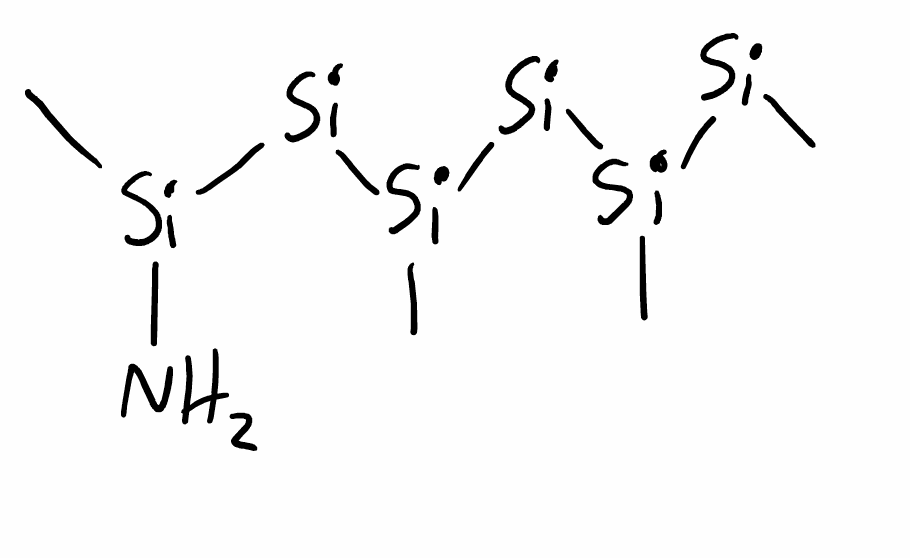
Simplified molecular-input line-entry system (SMILES) notation of the given molecule:
C[Si-][Si](C)[Si](C)[Si](C)[Si](C)[Si](C)N